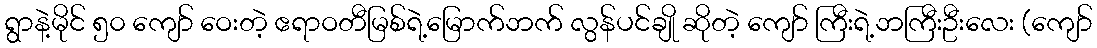
ရွာနဲ့မိုင် ၅၀ ကျော် ဝေးတဲ့ ဧရာဝတီမြစ်ရဲ့မြောက်ဘက် လွန်ပင်ချို ဆိုတဲ့ ကျော် ကြီးရဲ့ဘကြီးဦးလေး (ကျော်